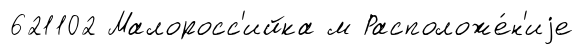
621102 Малоросс'ийка м Расположе́н'иjе